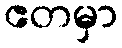
ဧတမှာ